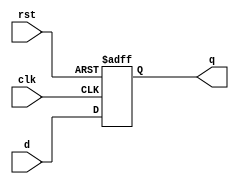
`timescale 1ns / 1ps
//////////////////////////////////////////////////////////////////////////////////
// Company: 
// Engineer: 
// 
// Design Name: 
// Module Name: Reg1
// Project Name: 
// Target Devices: 
// Tool Versions: 
// Description: 
// 
// Dependencies: 
// 
// Revision:
// Revision 0.01 - File Created
// Additional Comments:
// 
//////////////////////////////////////////////////////////////////////////////////


module Reg1(
        output reg q,
        input d, 
        input clk,
        input rst
        );
        always @ (posedge clk or posedge rst) begin
        if(rst==1) begin
        q = 0;
        end
        else begin
        q<=d;
        end
        end
endmodule